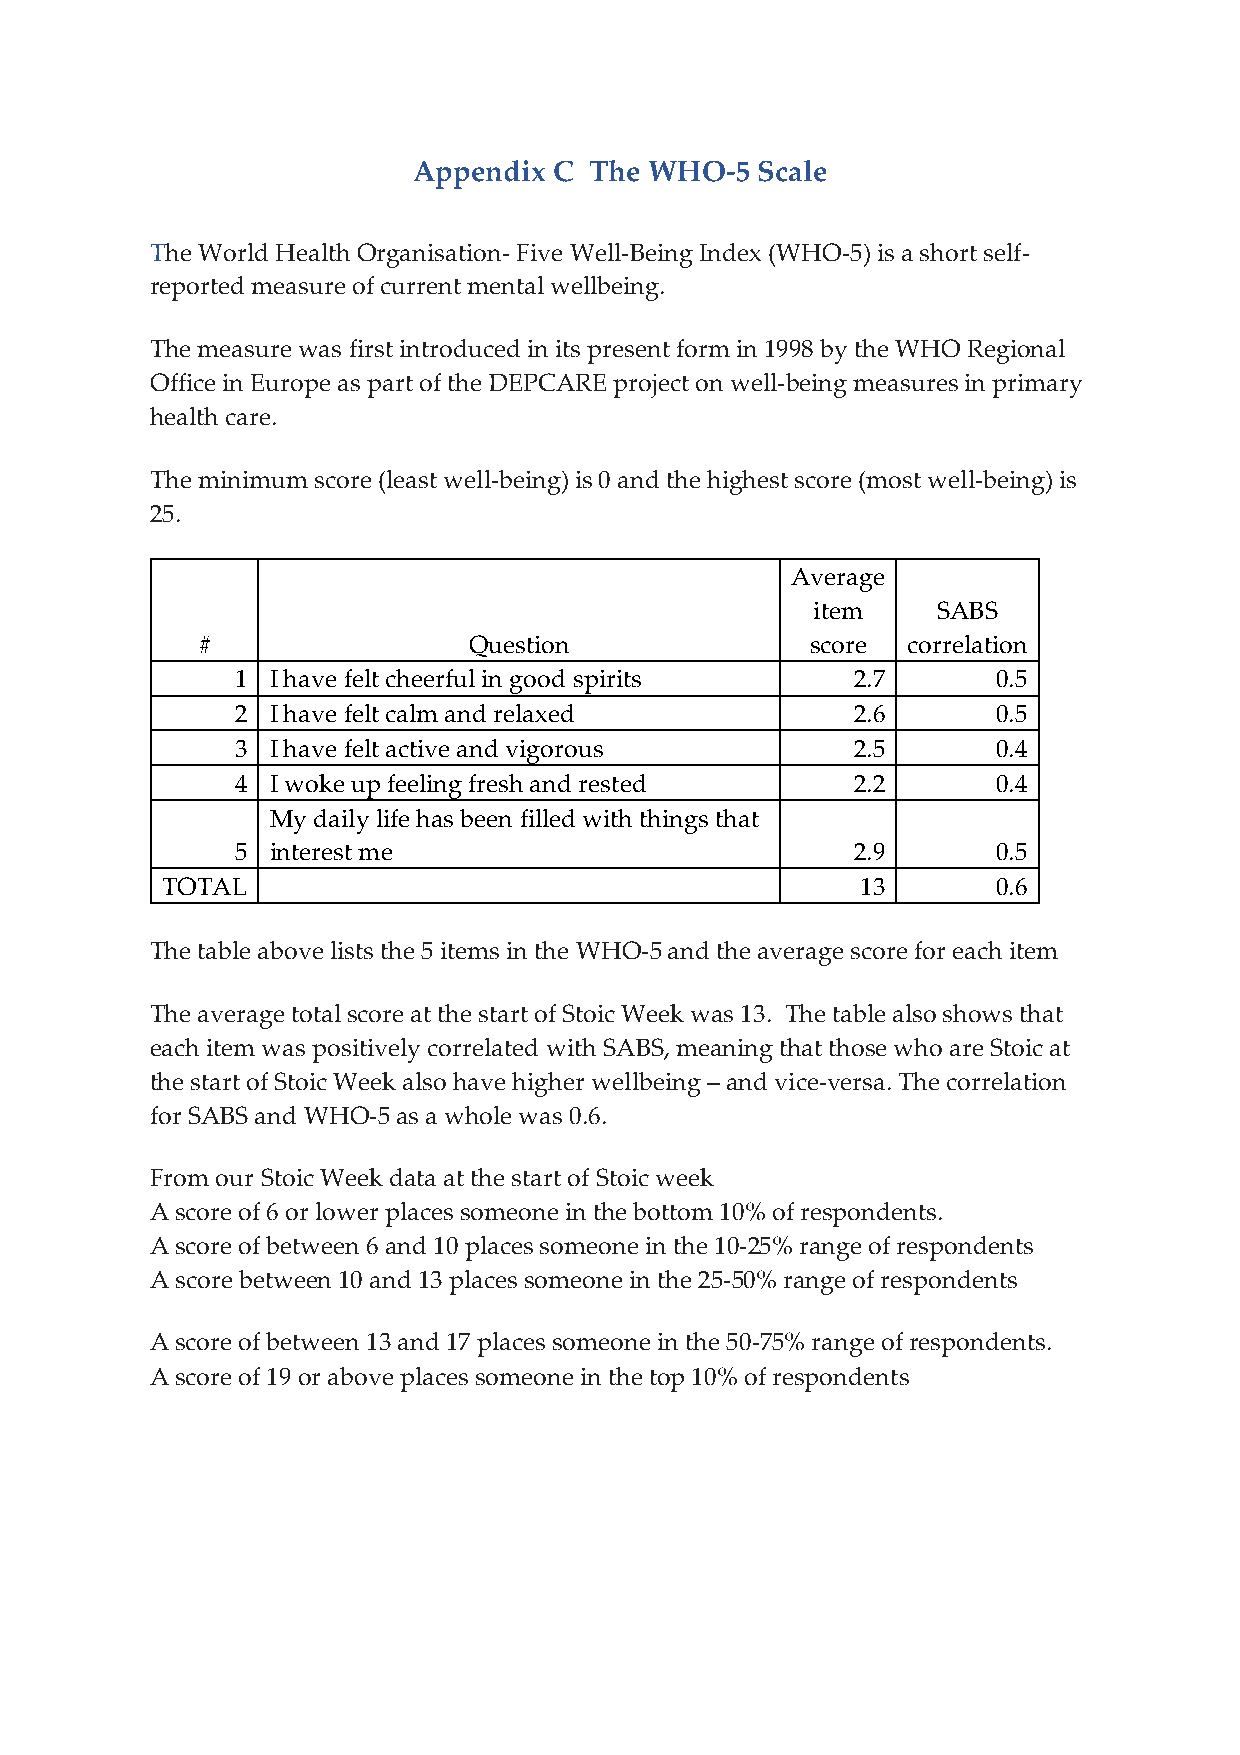
Appendix  C The WHO-5  Scale
 The World Health Organisation- Five Well-Being Index (WHO-5) is a short self-
 reported measure of current mental wellbeing.
 The measure was first introduced in its present form in 1998 by the WHO Regional
 Office in Europe as part of the DEPCARE project on well-being measures in primary
 health care.
 The minimum score (least well-being) is 0 and the highest score (most well-being) is
 25.
 Average
 item    SABS
 #                 Question               score correlation
 1 I have felt cheerful in good spirits   2.7      0.5
 2 I have felt calm and relaxed           2.6      0.5
 3 I have felt active and vigorous        2.5      0.4
 4 I woke up feeling fresh and rested     2.2      0.4
 My daily life has been filled with things that
 5 interest me                            2.9      0.5
 TOTAL                                         13       0.6
 The table above lists the 5 items in the WHO-5 and the average score for each item
 The average total score at the start of Stoic Week was 13. The table also shows that
 each item was positively correlated with SABS, meaning that those who are Stoic at
 the start of Stoic Week also have higher wellbeing – and vice-versa. The correlation
 for SABS and WHO-5 as a whole was 0.6.
 From our Stoic Week data at the start of Stoic week
 A score of 6 or lower places someone in the bottom 10% of respondents.
 A score of between 6 and 10 places someone in the 10-25% range of respondents
 A score between 10 and 13 places someone in the 25-50% range of respondents
 A score of between 13 and 17 places someone in the 50-75% range of respondents.
 A score of 19 or above places someone in the top 10% of respondents